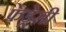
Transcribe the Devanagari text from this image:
फेड्रेसी